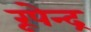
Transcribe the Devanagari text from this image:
रूपेन्द्र